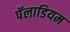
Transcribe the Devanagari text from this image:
पॅलाडियम